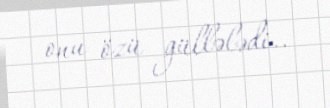
onu özü güllələdi..